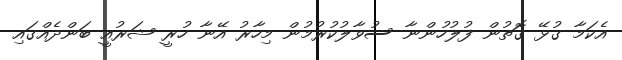
އެކަމާ ގުޅޭ ގޮތުން ފުލުހުންނާ ސުވާލުކުރުމުން މިހާރު އޭނާ ހުރީ ޝަރުއީ ބަންދެއްގައި